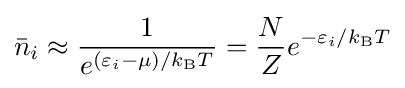
{\bar {n}}_{i}\approx {\frac {1}{e^{(\varepsilon _{i}-\mu )/k_{\rm {B}}T}}}={\frac {N}{Z}}e^{-\varepsilon _{i}/k_{\rm {B}}T}